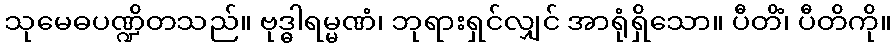
သုမေဓပဏ္ဍိတသည်။ ဗုဒ္ဓါရမ္မဏံ၊ ဘုရားရှင်လျှင် အာရုံရှိသော။ ပီတိံ၊ ပီတိကို။